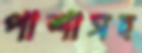
পাশাসহ